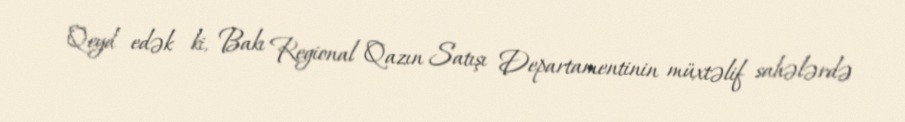
Qeyd edək ki, Bakı Regional Qazın Satışı Departamentinin müxtəlif sahələrdə